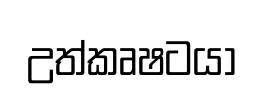
උත්කෘෂටයා